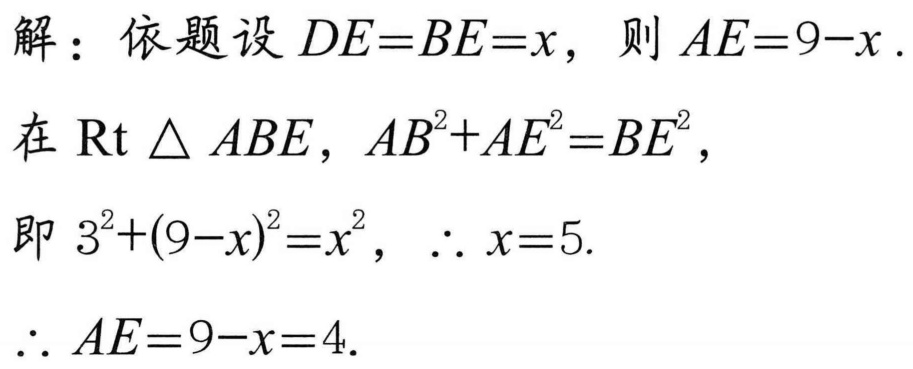
解：依题设\(DE = BE=x\)，则\(AE = 9 - x\).
在\(\text{Rt}\triangle ABE\)，\(AB^{2}+AE^{2}=BE^{2}\)，
即\(3^{2}+(9 - x)^{2}=x^{2}\)，\(\therefore x = 5\).
\(\therefore AE=9 - x = 4\).